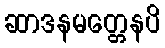
ဆာဒနမတ္တေနပိ